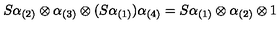
S \alpha _ { ( 2 ) } \otimes \alpha _ { ( 3 ) } \otimes ( S \alpha _ { ( 1 ) } ) \alpha _ { ( 4 ) } = S \alpha _ { ( 1 ) } \otimes \alpha _ { ( 2 ) } \otimes 1